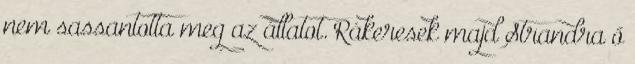
nem sassantotta meg az állatot. Rákeresek majd Strandra ő